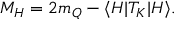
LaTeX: M _ { H } = 2 m _ { Q } - \langle H \vert T _ { K } \vert H \rangle .